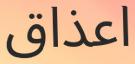
اعذاق